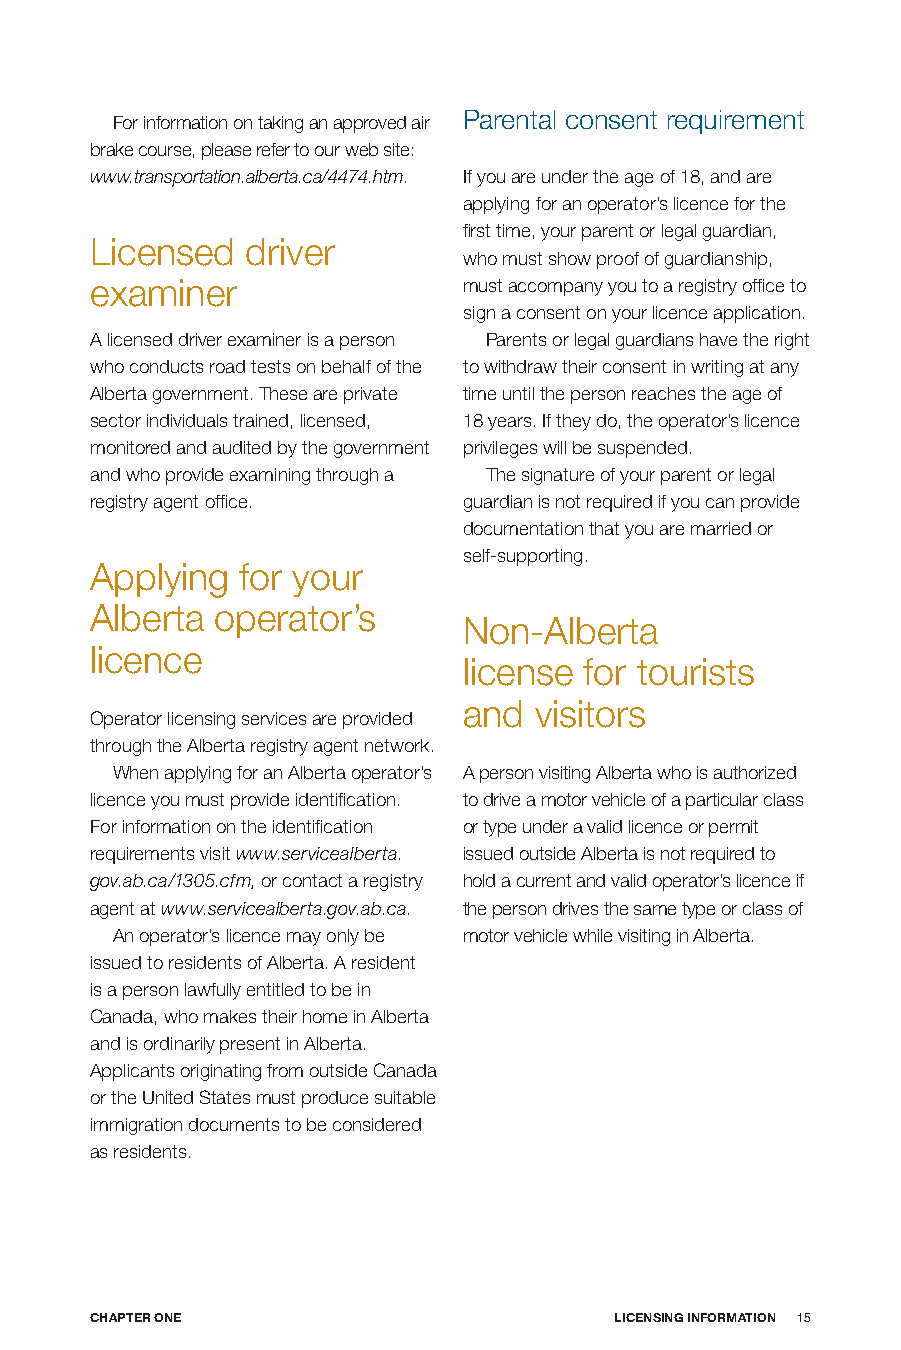
Parental consent requirement
 For information on taking an approved air
 brake course, please refer to our web site:
 www.transportation.alberta.ca/4474.htm. If you are under the age of 18, and are
 applying for an operator’s licence for the
 first time, your parent or legal guardian,
 Licensed  driver
 who must show proof of guardianship,
 examiner                 must accompany you to a registry office to
 sign a consent on your licence application.
 A licensed driver examiner is a person Parents or legal guardians have the right
 who conducts road tests on behalf of the to withdraw their consent in writing at any
 Alberta government. These are private time until the person reaches the age of
 sector individuals trained, licensed, 18 years. If they do, the operator’s licence
 monitored and audited by the government privileges will be suspended.
 and who provide examining through a The signature of your parent or legal
 registry agent office.   guardian is not required if you can provide
 documentation that you are married or
 self-supporting.
 Applying  for your
 Alberta operator’s
 Non-Alberta
 licence
 license for tourists
 and visitors
 Operator licensing services are provided
 through the Alberta registry agent network.
 When applying for an Alberta operator’s A person visiting Alberta who is authorized
 licence you must provide identification. to drive a motor vehicle of a particular class
 For information on the identification or type under a valid licence or permit
 requirements visit www.servicealberta. issued outside Alberta is not required to
 gov.ab.ca/1305.cfm, or contact a registry hold a current and valid operator’s licence if
 agent at www.servicealberta.gov.ab.ca. the person drives the same type or class of
 An operator’s licence may only be motor vehicle while visiting in Alberta.
 issued to residents of Alberta. A resident
 is a person lawfully entitled to be in
 Canada, who makes their home in Alberta
 and is ordinarily present in Alberta.
 Applicants originating from outside Canada
 or the United States must produce suitable
 immigration documents to be considered
 as residents.
 CHApTER onE                        LICEnSInG InfoRmATIon 15